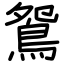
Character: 鴛